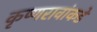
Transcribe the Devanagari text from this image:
कृष्णरावांकडे